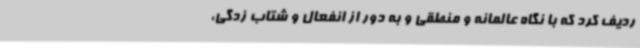
ردیف کرد که با نگاه عالمانه و منطقی و به دور از انفعال و شتاب زدگی،